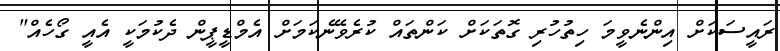
ރައީސަކަށް އިންނެވީމަ ހިތުހުރި ގޮތަކަށް ކަންތައް ކުރެވޭނެކަމަށް އެމްޑީޕީން ދެކުމަކީ އެއީ ގޯހެއް"